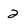
Character: 2